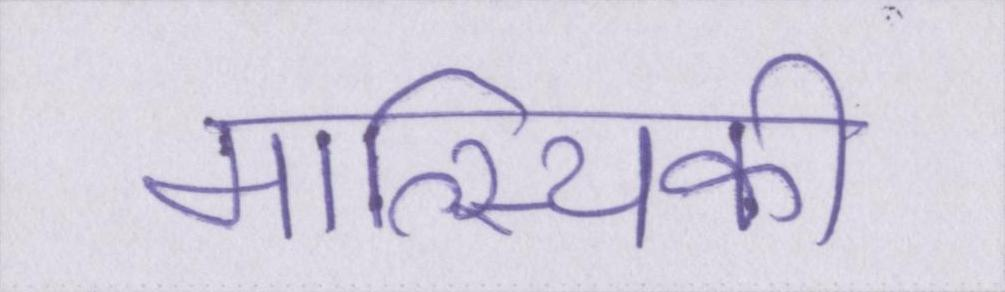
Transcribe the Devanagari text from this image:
मात्स्यिकी